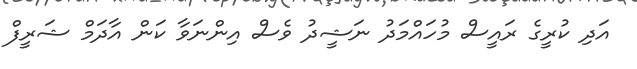
އަދި ކުރީގެ ރައީސް މުހައްމަދު ނަޝީދު ވެސް އިންނަވާ ކަން އާދަމް ޝަރީފް